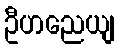
ဦဟညေယျ